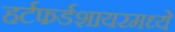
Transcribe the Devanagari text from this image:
हर्टफर्डशायरमध्ये